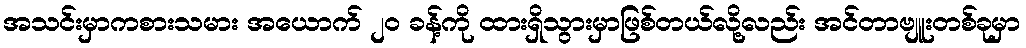
အသင်းမှာကစားသမား အယောက် ၂၀ ခန့်ကို ထားရှိသွားမှာဖြစ်တယ်လို့လည်း အင်တာဗျူးတစ်ခုမှာ